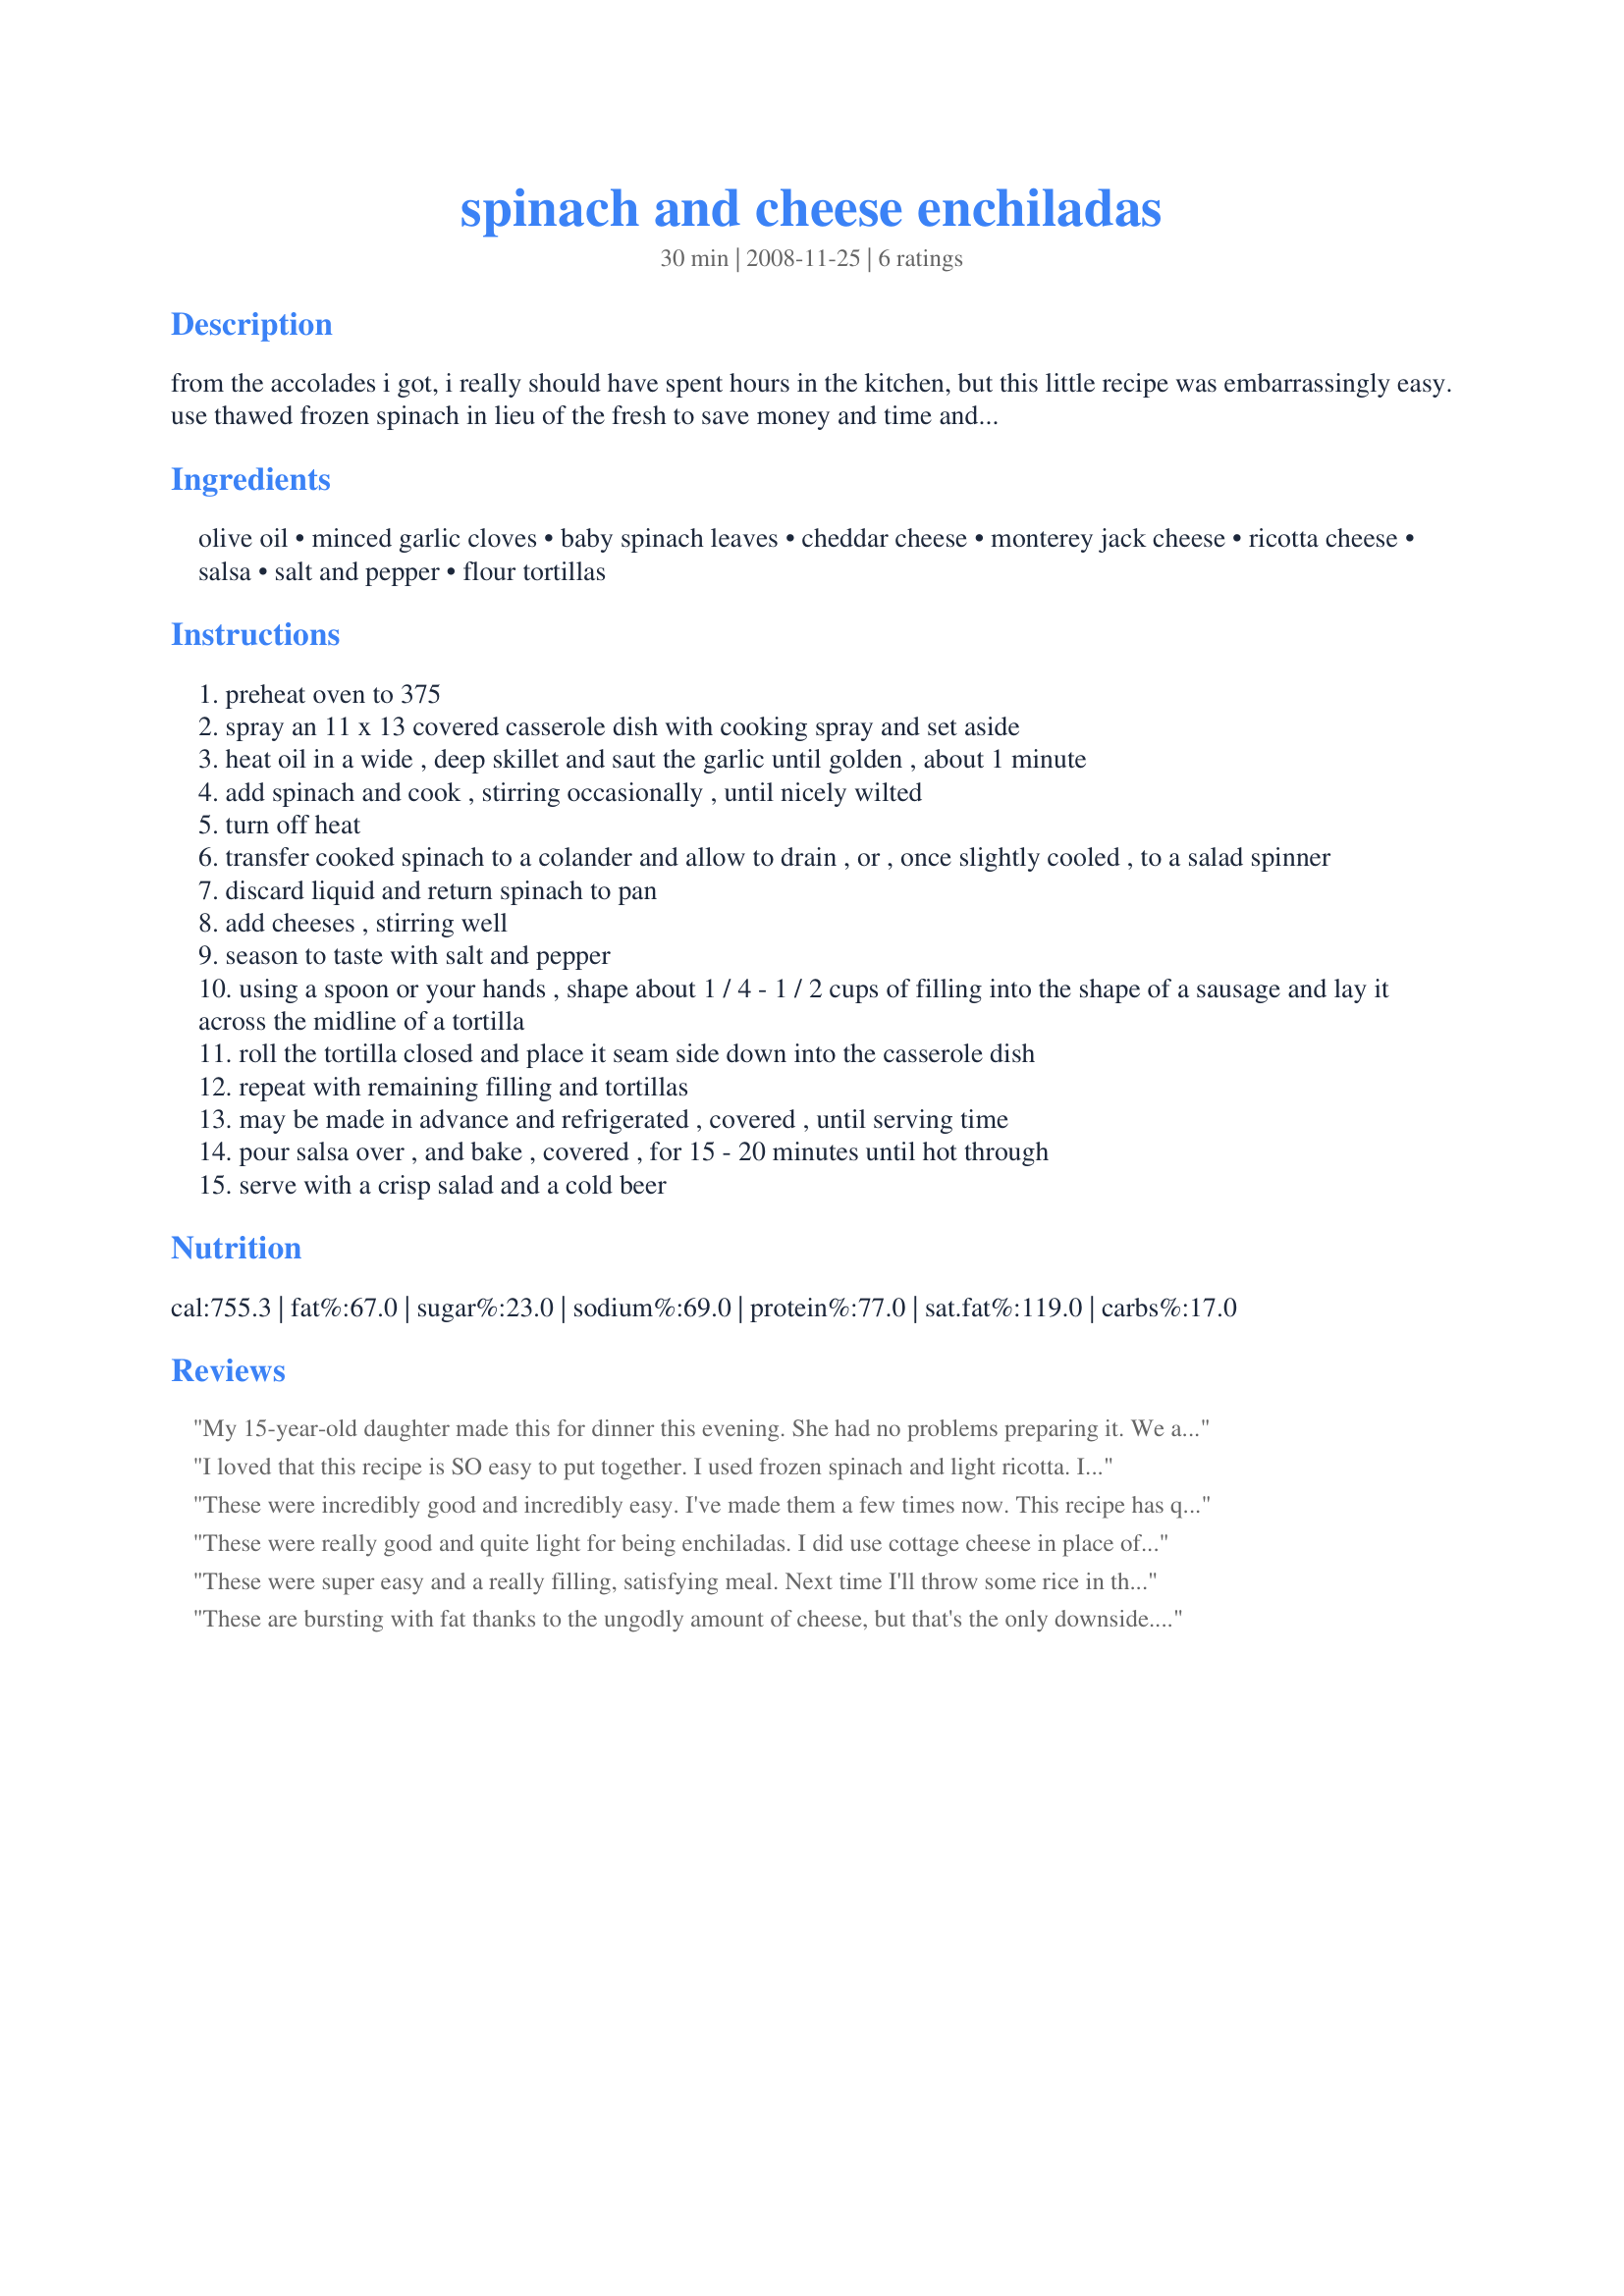
spinach and cheese enchiladas
Preparation time: 30 minutes

from the accolades i got, i really should have spent hours in the kitchen, but this little recipe was embarrassingly easy. use thawed frozen spinach in lieu of the fresh to save money and time and use whatever jarred salsa you happen to have. i used store brand roasted chipotle to great effect.

Ingredients:
olive oil, minced garlic cloves, baby spinach leaves, cheddar cheese, monterey jack cheese, ricotta cheese, salsa, salt and pepper, flour tortillas

Steps:
preheat oven to 375
spray an 11 x 13 covered casserole dish with cooking spray and set aside
heat oil in a wide , deep skillet and saut the garlic until golden , about 1 minute
add spinach and cook , stirring occasionally , until nicely wilted
turn off heat
transfer cooked spinach to a colander and allow to drain , or , once slightly cooled , to a salad spinner
discard liquid and return spinach to pan
add cheeses , stirring well
season to taste with salt and pepper
using a spoon or your hands , shape about 1 / 4 - 1 / 2 cups of filling into the shape of a sausage and lay it across the midline of a tortilla
roll the tortilla closed and place it seam side down into the casserole dish
repeat with remaining filling and tortillas
may be made in advance and refrigerated , covered , until serving time
pour salsa over , and bake , covered , for 15 - 20 minutes until hot through
serve with a crisp salad and a cold beer

Reviews:
My 15-year-old daughter made this for dinner this evening. She had no problems preparing it. We all thought it was very tasty but felt there was a little room for improvement. I think it would be better with twice as much spinach. We also thought enchilada sauce would be an improvement over salsa. She served it with Recipe #52177.
I loved that this recipe is SO easy to put together. I used frozen spinach and light ricotta. If you want more flavor, you might want to add some Mexican seasoning to the cheese mixture, but it is great as is. I ran a little low on salsa, so used about 1 cup, which worked fine. I did have to heat it longer than 20 minutes as the center enchiladas were still cool. This will be a go-to recipe when I need a meal fast. I think adding shredded, cooked chicken or leftover beef would be good too.
These were incredibly good and incredibly easy. I've made them a few times now. This recipe has quickly become part of my repertoire.
These were really good and quite light for being enchiladas. I did use cottage cheese in place of ricotta which may have made a difference; next time would get the ricotta to see. I added in some onion with the garlic. I had large tortillas so made 3 pretty full enchiladas. Made a great lunch! Thanks for posting.
These were super easy and a really filling, satisfying meal. Next time I'll throw some rice in there as well!
These are bursting with fat thanks to the ungodly amount of cheese, but that's the only downside. They truly are simple to prepare and very yummy. I made them exactly per the recipe (Pace mild picante was the salsa I used), and everyone agreed they were delicious.
